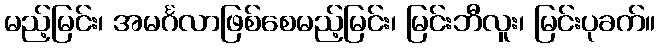
မည့်မြင်း၊ အမင်္ဂလာဖြစ်စေမည့်မြင်း၊ မြင်းဘီလူး၊ မြင်းပုခက်။